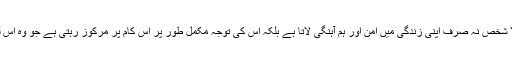
لمحہِ حاضر میں رہنے والا شخص نہ صرف اپنی زندگی میں امن اور ہم آہنگی لاتا ہے بلکہ اس کی توجّہ مکمل طور پر اس کام پر مرکوز رہتی ہے جو وہ اس لمحے میں کر رہا ہوتا ہے۔